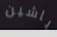
ياشين